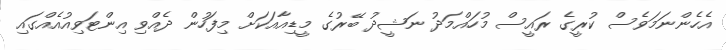
އެހެންނަމަވެސް ކުރީގެ ރައީސް މުހައްމަދު ނަޝީދު ބޭރުގެ މީޑިއާއަކަށް މިފަހުން ދެއްވި އިންޓަވިއުއެއްގައި